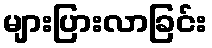
များပြားလာခြင်း